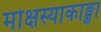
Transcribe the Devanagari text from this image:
मोक्षस्याकाङ्क्षा